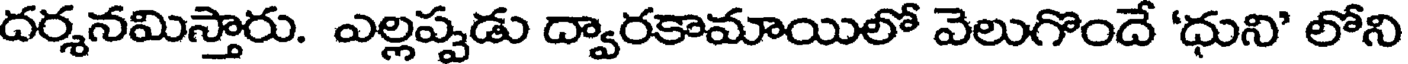
దర్శనమిస్తారు. ఎల్లప్పడు ద్వారకామాయిలో వెలుగొందే 'ధుని' లోని